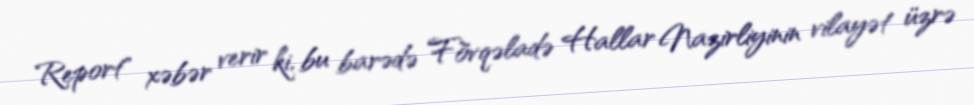
Report" xəbər verir ki, bu barədə Fövqəladə Hallar Nazirliyinin vilayət üzrə